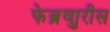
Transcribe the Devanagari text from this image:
फेब्रुवारीस